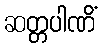
ဆတ္တပါဏိံ